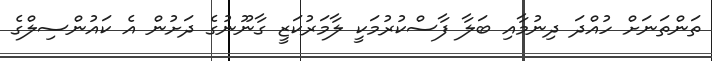
ތަންތަނަށް ހުއްދަ ދިނުމާއި ބަލާ ފާސްކުރުމަކީ ލާމަރުކަޒީ ގާނޫނުގެ ދަށުން އެ ކައުންސިލްގެ